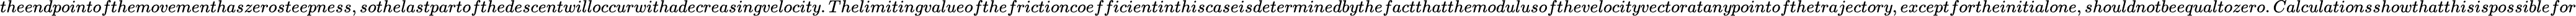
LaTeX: theendpointofthemovementhaszerosteepness,sothelastpartofthedescentwilloccurwithadecreasingvelocity.Thelimitingvalueofthefrictioncoefficientinthiscaseisdeterminedbythefactthatthemodulusofthevelocityvectoratanypointofthetrajectory,exceptfortheinitialone,shouldnotbeequaltozero.Calculationsshowthatthisispossiblefor